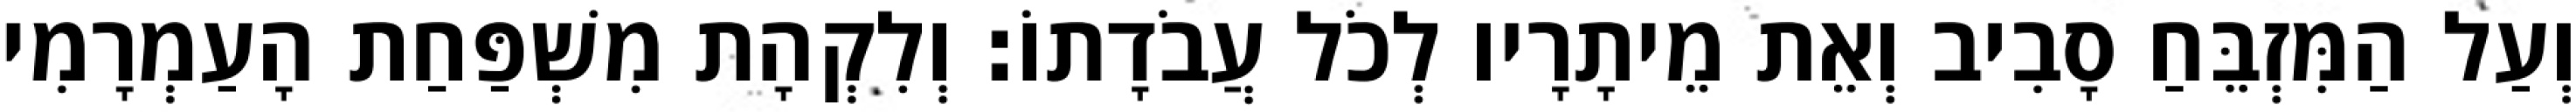
וְעַל הַמִּזְבֵּחַ סָבִיב וְאֵת מֵיתָרָיו לְכֹל עֲבֹדָתוֹ׃ וְלִקְהָת מִשְׁפַּחַת הָעַמְרָמִי